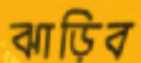
ঝাড়িব